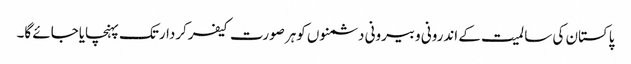
پاکستان کی سا لمیت کے اندرونی وبیرونی دشمنوں کوہرصورت کیفرکردارتک پہنچایاجائے گا۔